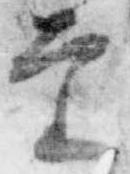
審